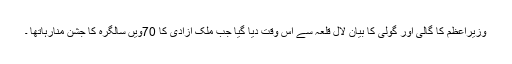
وزیراعظم کا گالی اور گولی کا بیان لال قلعہ سے اس وقت دیا گیا جب ملک آزادی کا 70ویں سالگرہ کا جشن منارہاتھا ۔